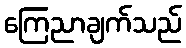
ကြေညာချက်သည်